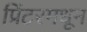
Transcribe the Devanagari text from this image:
प्रिंटरमधून